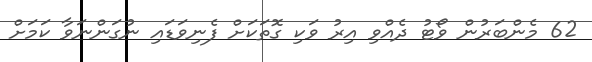
62 މެންބަރުން ވޯޓު ދެއްވި އިރު ވަކި ގޮތަކަށް ފެނިވަޑައި ނުގަންނަވާ ކަމަށް